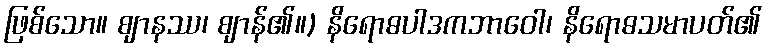
ဖြစ်သော။ ဈာနဿ၊ ဈာန်၏။) နိရောဓပါဒကဘာဝေါ၊ နိရောဓသမာပတ်၏